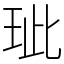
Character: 玼